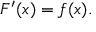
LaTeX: F ^ { \prime } ( x ) = f ( x ) .